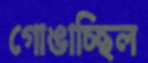
গোঙাচ্ছিল